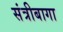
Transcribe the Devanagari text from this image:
संत्रीबागा